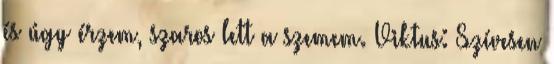
és úgy érzem, szaros lett a szemem. Viktus: Szívesen